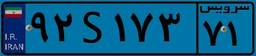
۴۶S۴۶۴۷۳